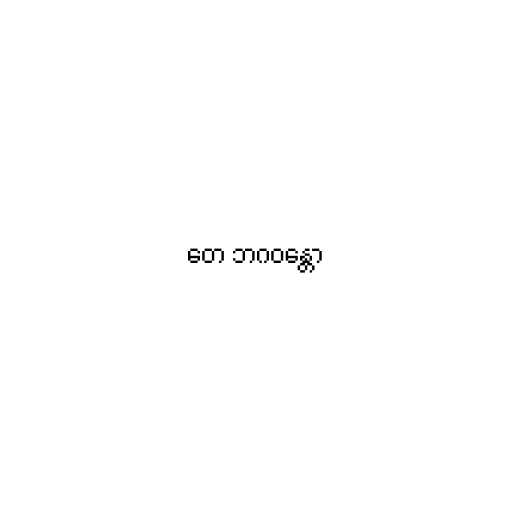
တေ ဘဂဝန္တော